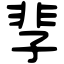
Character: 𩇫